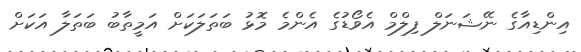
އިންޑިއާގެ ނޭޝަނަލް ފިލްމް އެވޯޑުގެ އެންމެ މޮޅު ބަތަލަކަށް އަމީތާބު ބަތަލާ އަކަށް